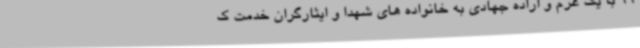
99 با یک عزم و اراده جهادی به خانواده های شهدا و ایثارگران خدمت ک